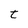
Character: t